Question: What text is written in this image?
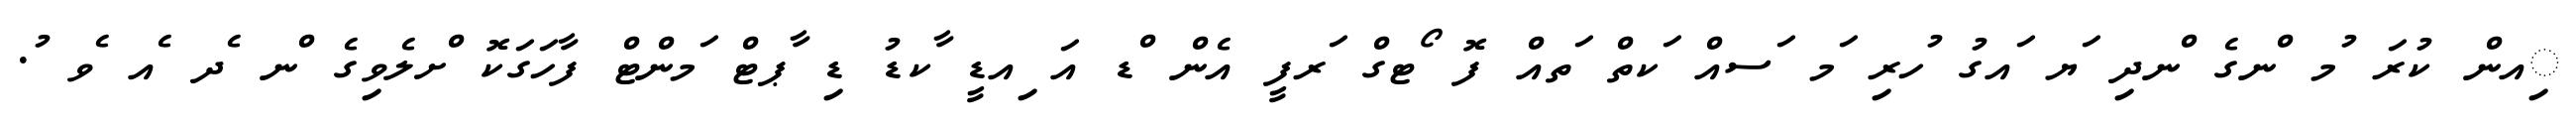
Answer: ިއން ކުރަ ުމ ްނގެ ްނދި ަޔ ައގު ުހރި ަމ ަސއް ަކތް ަތއް ފޮ ޯޓގް ަރފީ އެން ްޑ އަ ިއޑީ ާކޑު ޑި ާޕޓް ަމންޓް ފާހަގަކޮ ްށލެވިގެ ްނ ެދ ެއ ެވ ު.